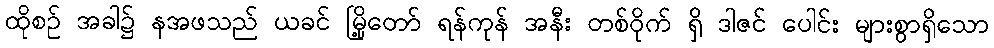
ထိုစဉ် အခါ၌ နအဖသည် ယခင် မြို့တော် ရန်ကုန် အနီး တစ်ဝိုက် ရှိ ဒါဇင် ပေါင်း များစွာရှိသော